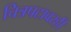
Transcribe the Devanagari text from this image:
चित्रपटावरही